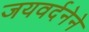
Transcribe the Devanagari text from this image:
जयवर्दनेने